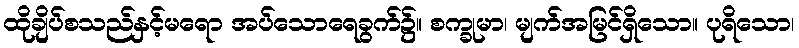
ထိုချိပ်စသည်နှင့်မရော အပ်သောရေခွက်၌။ စက္ခုမာ၊ မျက်အမြင်ရှိသော။ ပုရိသော၊